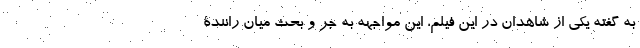
به گفته یکی از شاهدان در این فیلم، این مواجهه به جر و بحث میان رانندۀ